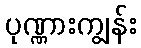
ပုဏ္ဏားကျွန်း